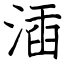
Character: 㴙